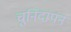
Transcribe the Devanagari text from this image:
चुनिंदापन